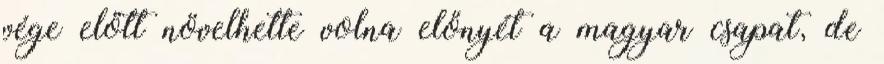
vége előtt növelhette volna előnyét a magyar csapat, de